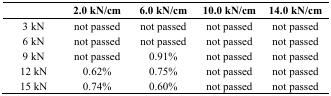
<table><thead><tr><td></td><td><b>2.0 kN/cm</b></td><td><b>6.0 kN/cm</b></td><td><b>10.0 kN/cm</b></td><td><b>14.0 kN/cm</b></td></tr></thead><tbody><tr><td>3 kN</td><td>not passed</td><td>not passed</td><td>not passed</td><td>not passed</td></tr><tr><td>6 kN</td><td>not passed</td><td>not passed</td><td>not passed</td><td>not passed</td></tr><tr><td>9 kN</td><td>not passed</td><td>0.91%</td><td>not passed</td><td>not passed</td></tr><tr><td>12 kN</td><td>0.62%</td><td>0.75%</td><td>not passed</td><td>not passed</td></tr><tr><td>15 kN</td><td>0.74%</td><td>0.60%</td><td>not passed</td><td>not passed</td></tr></tbody></table>